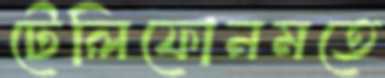
টেলিফোনমতে